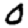
Digit: 0